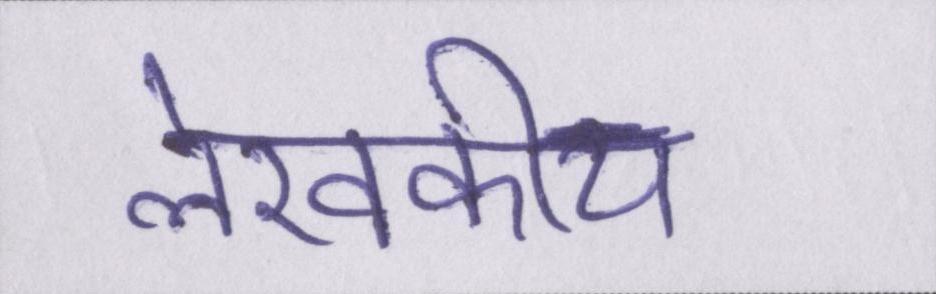
लेखकीय